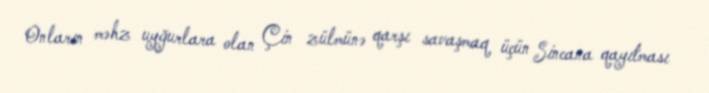
Onların məhz uyğurlara olan Çin zülmünə qarşı savaşmaq üçün Sincana qayıtması